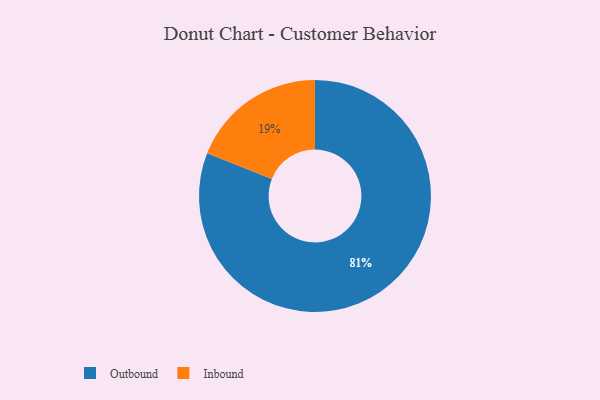
{"axis": {"x": "Category", "y": "Percentage"}, "legend": ["Inbound", "Outbound"], "data": [{"x": "Outbound", "y": 81, "type": "Outbound"}, {"x": "Inbound", "y": 19, "type": "Inbound"}]}